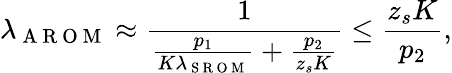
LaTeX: \lambda_{\mathrm{~A~R~O~M~}}\approx\frac{1}{\frac{p_{1}}{K\lambda_{\mathrm{~S~R~O~M~}}}+\frac{p_{2}}{z_{s}K}}\le\frac{z_{s}K}{p_{2}},